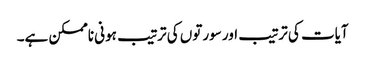
آیات کی ترتیب اور سورتوں کی ترتیب ہونی ناممکن ہے۔